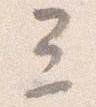
三